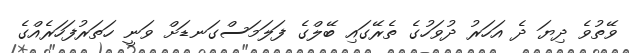
ވޭތުވެ ދިޔަ ދެ އަހަރު ދުވަހުގެ ތެރޭގައި ބޭލްގެ ފަލަމަސްގަނޑަށް ވަނީ ހަތަރުފަހަރެއްގެ